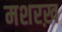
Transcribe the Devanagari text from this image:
मशरख़